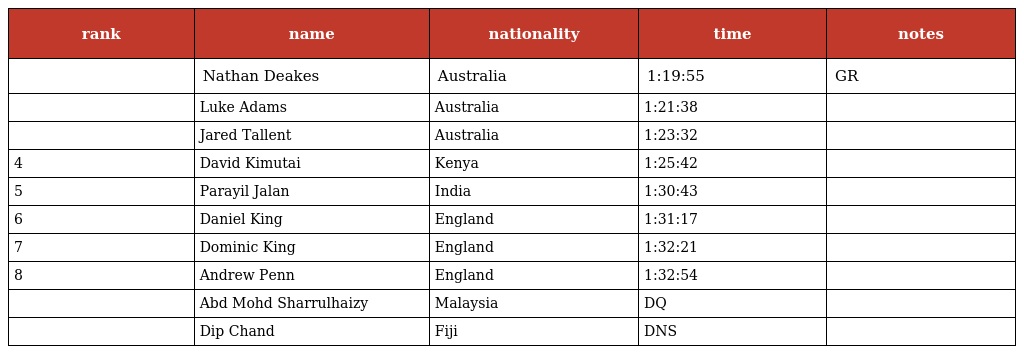
| rank | name | nationality | time | notes |
 | --- | --- | --- | --- | --- |
 |  | Nathan Deakes | Australia | 1:19:55 | GR |
 |  | Luke Adams | Australia | 1:21:38 |  |
 |  | Jared Tallent | Australia | 1:23:32 |  |
 | 4 | David Kimutai | Kenya | 1:25:42 |  |
 | 5 | Parayil Jalan | India | 1:30:43 |  |
 | 6 | Daniel King | England | 1:31:17 |  |
 | 7 | Dominic King | England | 1:32:21 |  |
 | 8 | Andrew Penn | England | 1:32:54 |  |
 |  | Abd Mohd Sharrulhaizy | Malaysia | DQ |  |
 |  | Dip Chand | Fiji | DNS |  |